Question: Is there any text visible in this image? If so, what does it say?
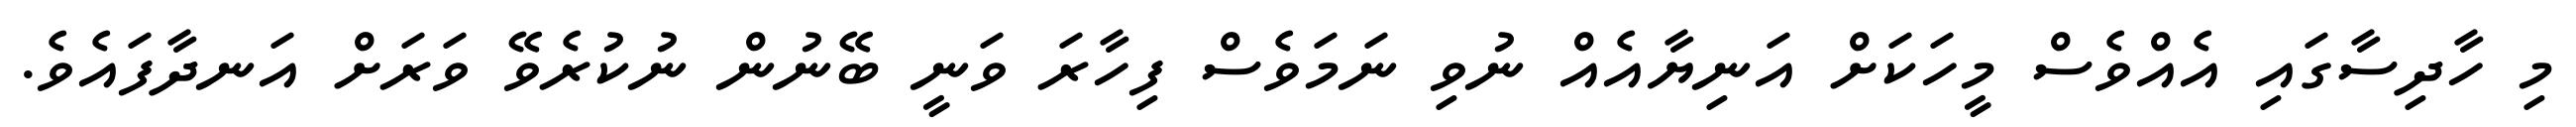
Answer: މި ހާދިސާގައި އެއްވެސް މީހަކަށް އަނިޔާއެއް ނުވި ނަމަވެސް ފިހާރަ ވަނީ ބޭނުން ނުކުރެވޭ ވަރަށް އަނދާފައެވެ.